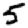
Digit: 5